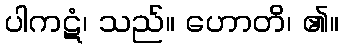
ပါကဋံ၊ သည်။ ဟောတိ၊ ၏။